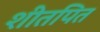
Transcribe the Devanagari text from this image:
शीतपित